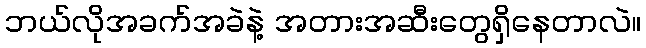
ဘယ်လိုအခက်အခဲနဲ့ အတားအဆီးတွေရှိနေတာလဲ။